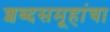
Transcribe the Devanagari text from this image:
शब्दसमूहांचा